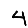
Digit: 4